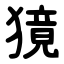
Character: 獍